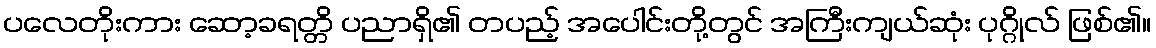
ပလေတိုးကား ဆော့ခရတ္တိ ပညာရှိ၏ တပည့် အပေါင်းတို့တွင် အကြီးကျယ်ဆုံး ပုဂ္ဂိုလ် ဖြစ်၏။